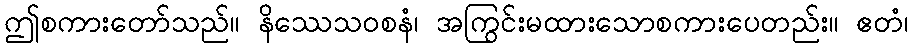
ဤစကားတော်သည်။ နိဿေသဝစနံ၊ အကြွင်းမထားသောစကားပေတည်း။ ဧတံ၊